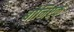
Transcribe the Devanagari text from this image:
बोनिएक्